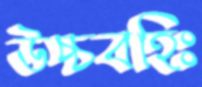
উচ্চবহিঃ